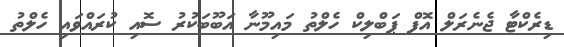
ޑިރެކްޓާ ޖެނެރަލް އޮފް ޕަބްލިކް ހެލްތު މައިމޫނާ އަބޫބަކުރު ސޮއި ކުރައްވައި ހެލްތު